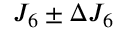
J _ { 6 } \pm \Delta J _ { 6 }